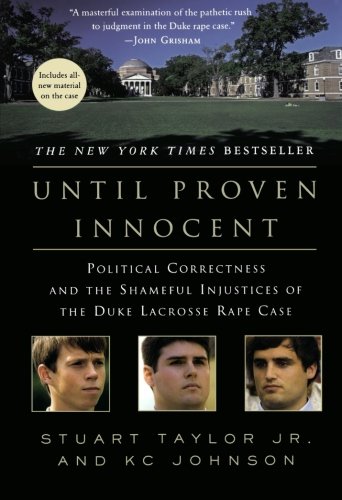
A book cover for Until Proven Innocent: Political Correctness and the Shameful Injustices of the Duke Lacrosse Rape Case; Stuart Taylor; Sports & Outdoors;